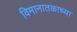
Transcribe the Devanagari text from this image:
विमानातळाच्या